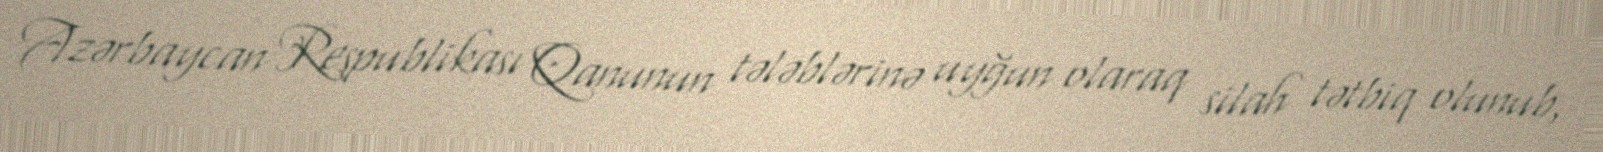
Azərbaycan Respublikası Qanunun tələblərinə uyğun olaraq silah tətbiq olunub,